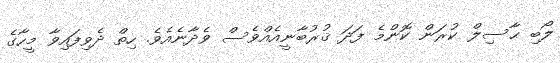
ލޯބި ޙާސިލް ކުރަން ކޮންމެ ފަދަ ޤުރުބާނީއެއްވެސް ވެދާނެއެވެ. ހިތް ދެވިފައިވާ މީހާގެ